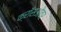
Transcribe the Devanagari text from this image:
क्राॅसओवर